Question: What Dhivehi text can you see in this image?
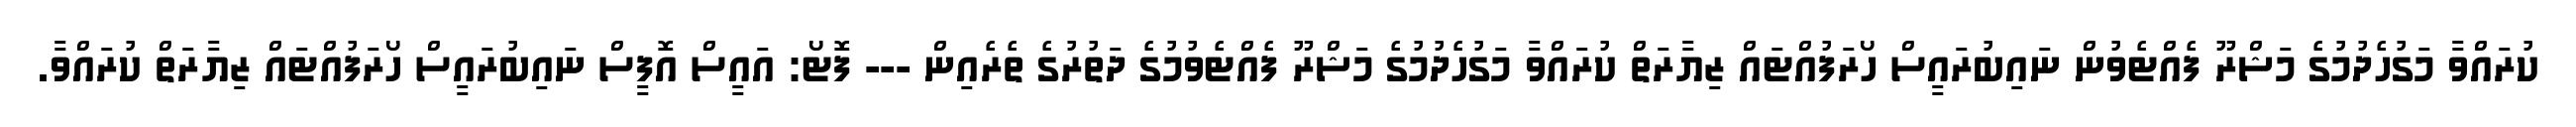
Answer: ކުރައްވާ މަގުހެދުމުގެ މަޝްރޫ ފެއްޓެވުން ނައިބުރައީސް ހޯރަފުއްޓައް ޒިޔާރަތް ކުރައްވާ މަގުހެދުމުގެ މަޝްރޫ ފެއްޓެވުމުގެ ދަތުރުގެ ތެރެއިން --- ފޮޓޯ: އައީސް އޮފީސް ނައިބުރައީސް ހޯރަފުއްޓައް ޒިޔާރަތް ކުރައްވާ.